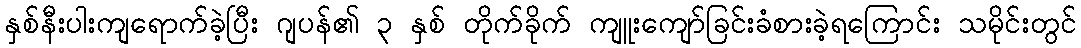
နှစ်နီးပါးကျရောက်ခဲ့ပြီး ဂျပန်၏ ၃ နှစ် တိုက်ခိုက် ကျူးကျော်ခြင်းခံစားခဲ့ရကြောင်း သမိုင်းတွင်